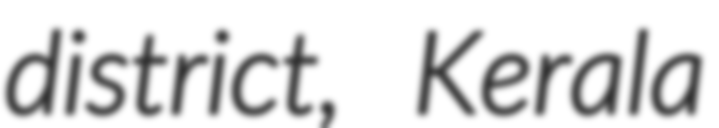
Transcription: district, Kerala